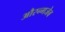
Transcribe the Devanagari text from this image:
औरन्गजेब